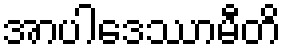
အာပါဒေဿာမီတိ